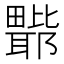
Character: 𭻲